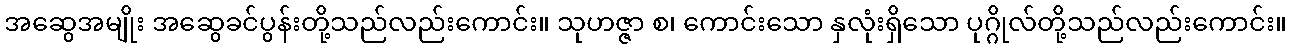
အဆွေအမျိုး အဆွေခင်ပွန်းတို့သည်လည်းကောင်း။ သုဟဇ္ဇာ စ၊ ကောင်းသော နှလုံးရှိသော ပုဂ္ဂိုလ်တို့သည်လည်းကောင်း။